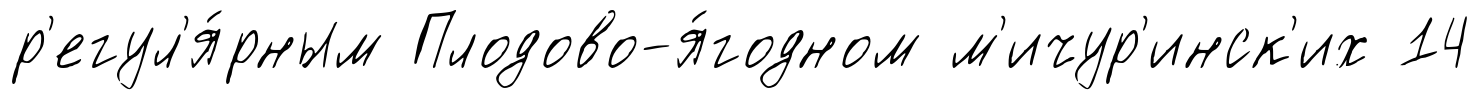
р'егул'я́рным Плодово-я́годном м'ичур'инск'их 14